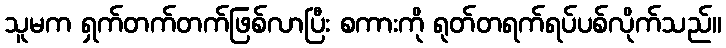
သူမက ရှက်တက်တက်ဖြစ်လာပြီး စကားကို ရုတ်တရက်ရပ်ပစ်လိုက်သည်။